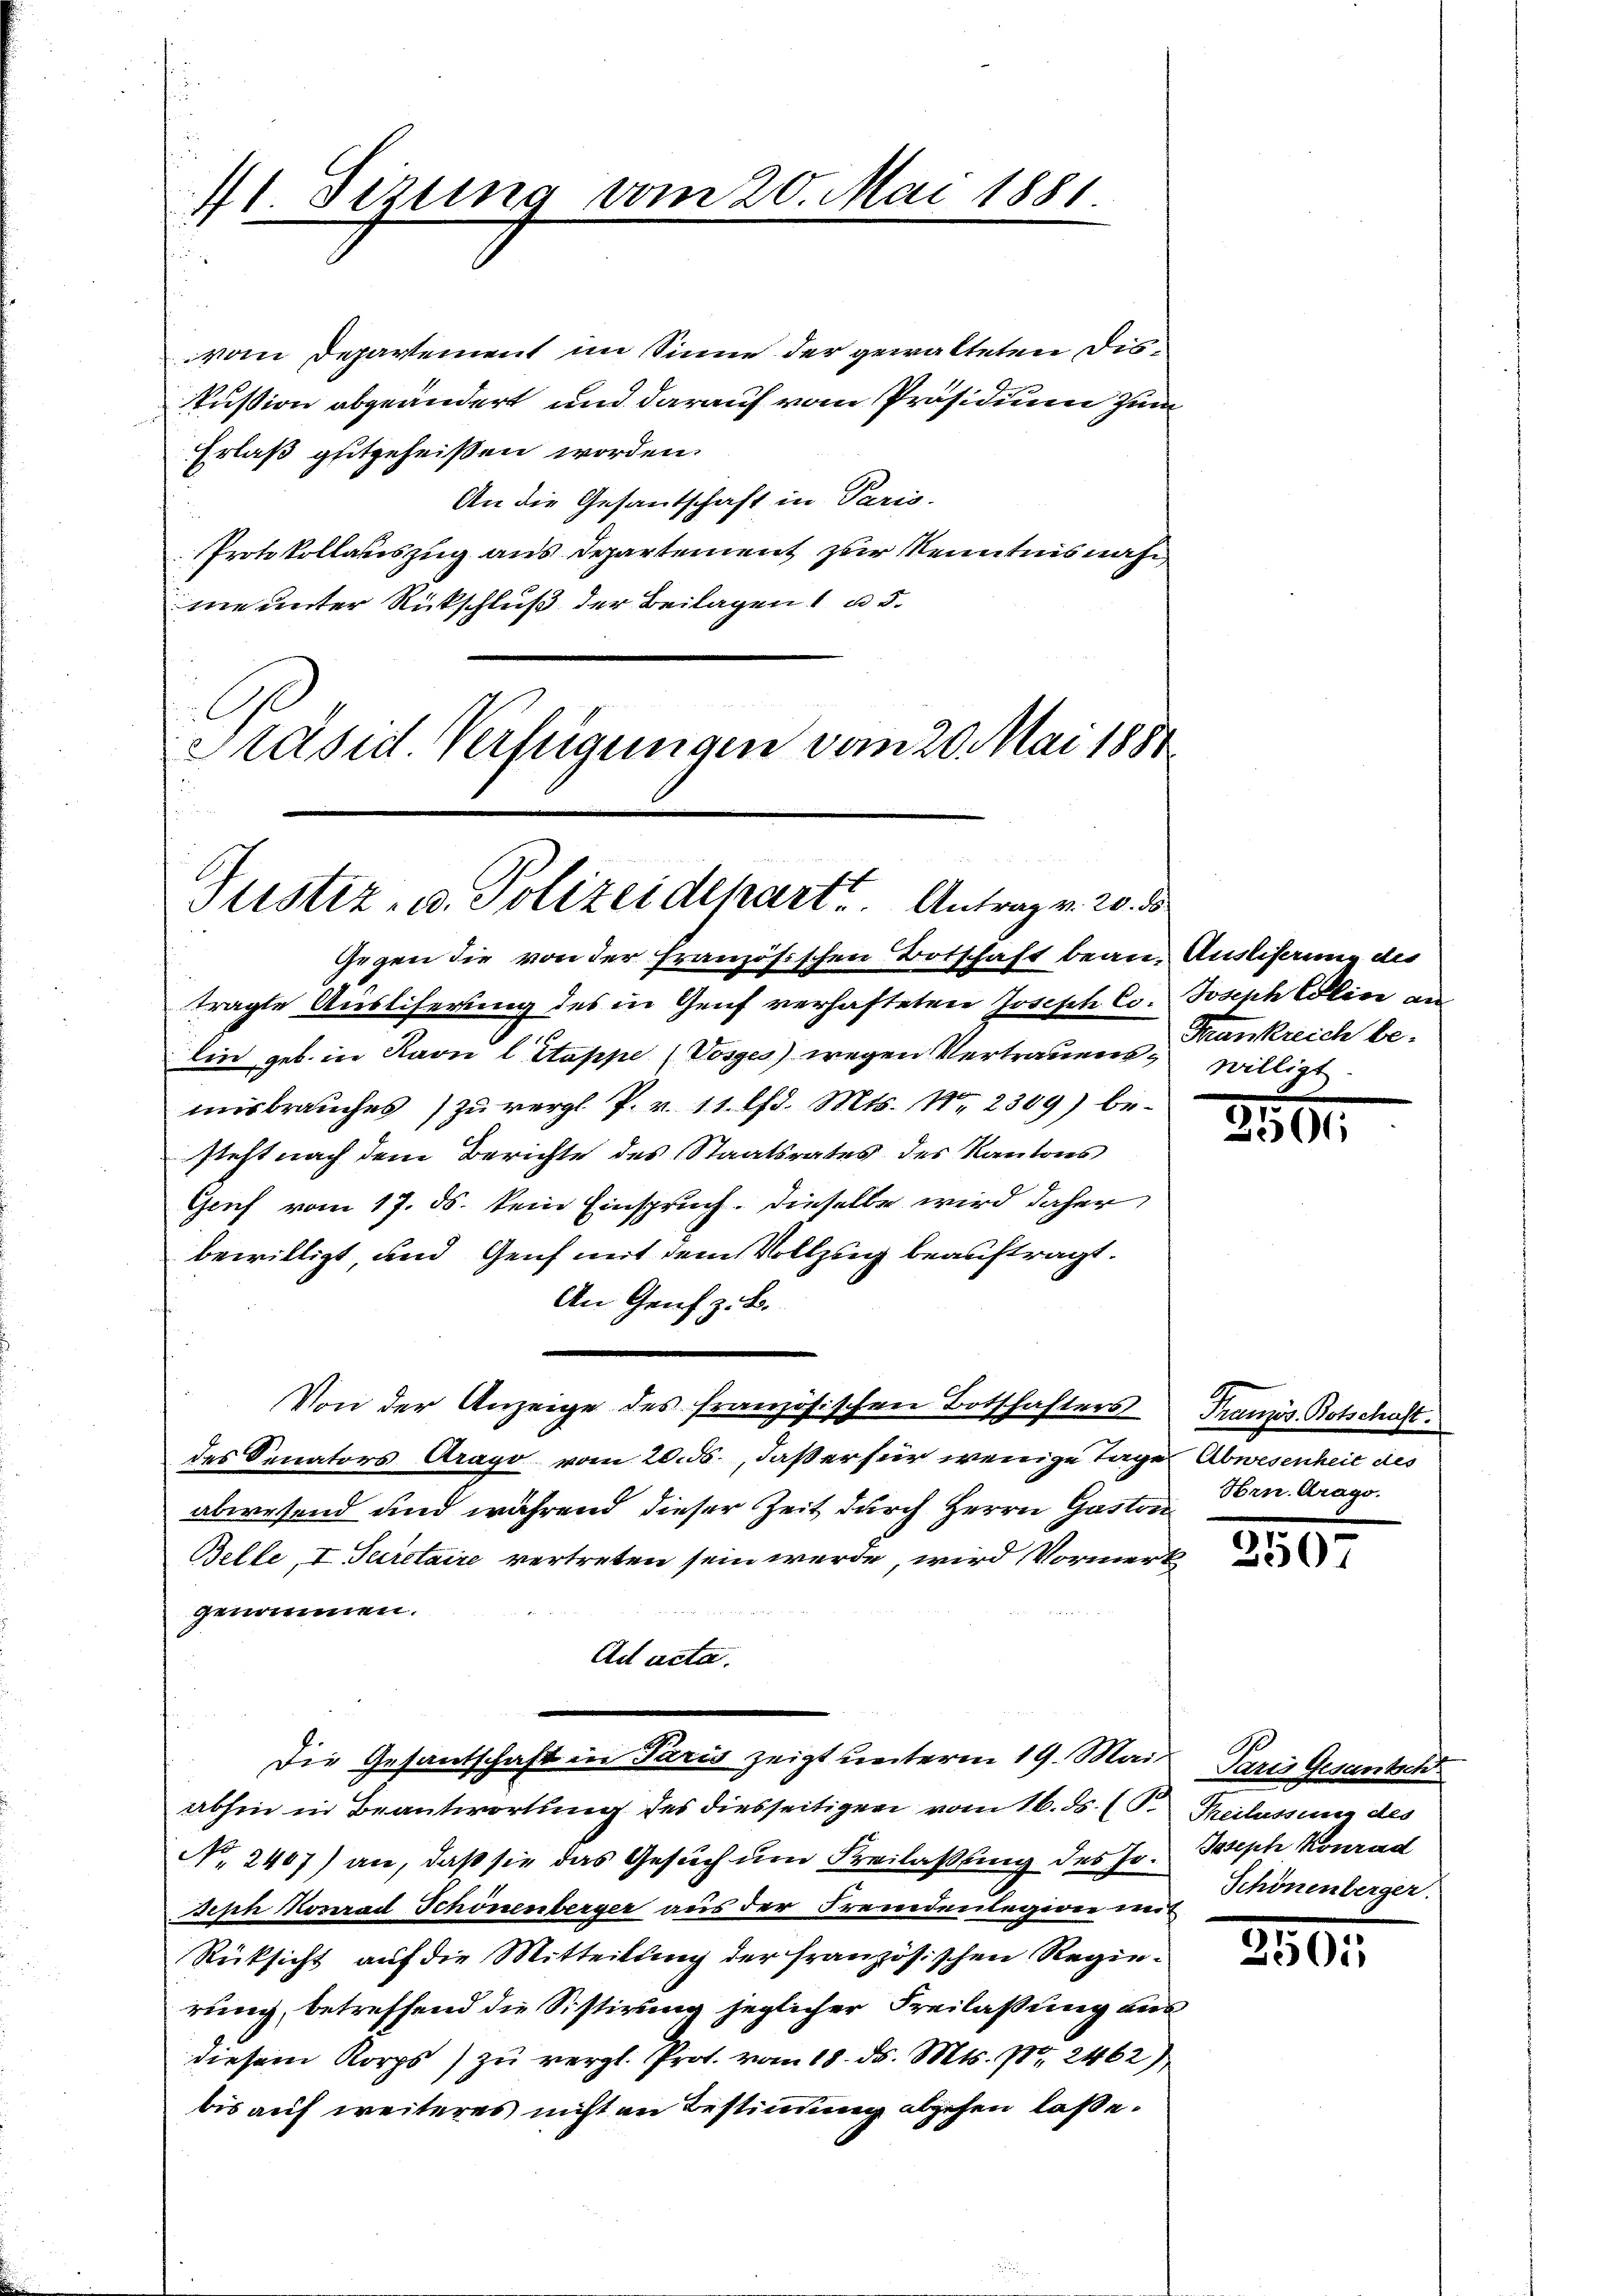
71. Sizung vom 20. Mai 1881

vom Departement im Sinne der gewalteten Diskußion abgeändert und darauf vom Präsidium zum
Erlaß geitgeheißen worden.
An die Gesantschaft in Paris
Protokollauszug aus Departement zur Kenntnisnah
me unter Rückschluß der Beilagen u 5.
Präsid Verfügungen vom 20. Mai 1881

Justiz- u. Polizeidepart. Antragen 20. ds.

Von der Anzeige des französischen Botschafters

Gegen die von der französischen Botschaft bean- Auslistung des
tragte Auslieferung des in Genf verhafteten Joseph Co. Joseph Cline an
r
lin geb. in Ravn l. Stappe (Vosges) wegen Vertrauens - Krankreich bemisbrauches) zu vergl. P. v. 11. l. Mts. N. 2309) be-
steht nach dem Berichte des Staatsrates des Kantons
Genf vom 17. ds. kein Einspruch. Dieselbe wird daher
bewilligt und Genf mit dem Vollzug beauftragt.
An Genf z. B.
des Senators Arago vom 20. ds., daß er für wenige Tage Abwesenheit des
abwesend und während dieser Zeit durch Herrn Gaston
Belle, I. Secretaire vertreten sein werde, wird Vormerk
genommen.
Ad acta.
Die Gesantschaft in Paris zeigt unterm 19. Mai
abhin in Beantwortung des diesseitigen vom 16. ds. (T. Theilassung des
No 2407) an, daß sie das Gesuch um Freilassung des Jo¬
Seph Konrad Schönenberger aus der Fremdenlegione mit
Rücksicht auf die Mitteilung der französischen Regierung, betreffend die Sistirung jeglicher Freilassung aus
diesem Korps zu vergl. Prot. vom 18. d. Mts. 7t, 2462)
bis auf weiteres nicht an Bestimmung abgehen lasse.

willigt

2500.

Französ. Botschaft.
Vorn. Arago.

2507

Paris Gesantsch
Joseph Konrad
Schönenberger.

250